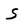
Character: S